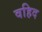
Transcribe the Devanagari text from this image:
वहिद